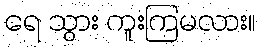
ရေ သွား ကူးကြမလား။